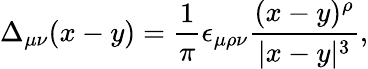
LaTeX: \Delta_{\mu\nu}(x-y)=\frac{1}{\pi}\epsilon_{\mu\rho\nu}\frac{(x-y)^{\rho}}{|x-y|^{3}},